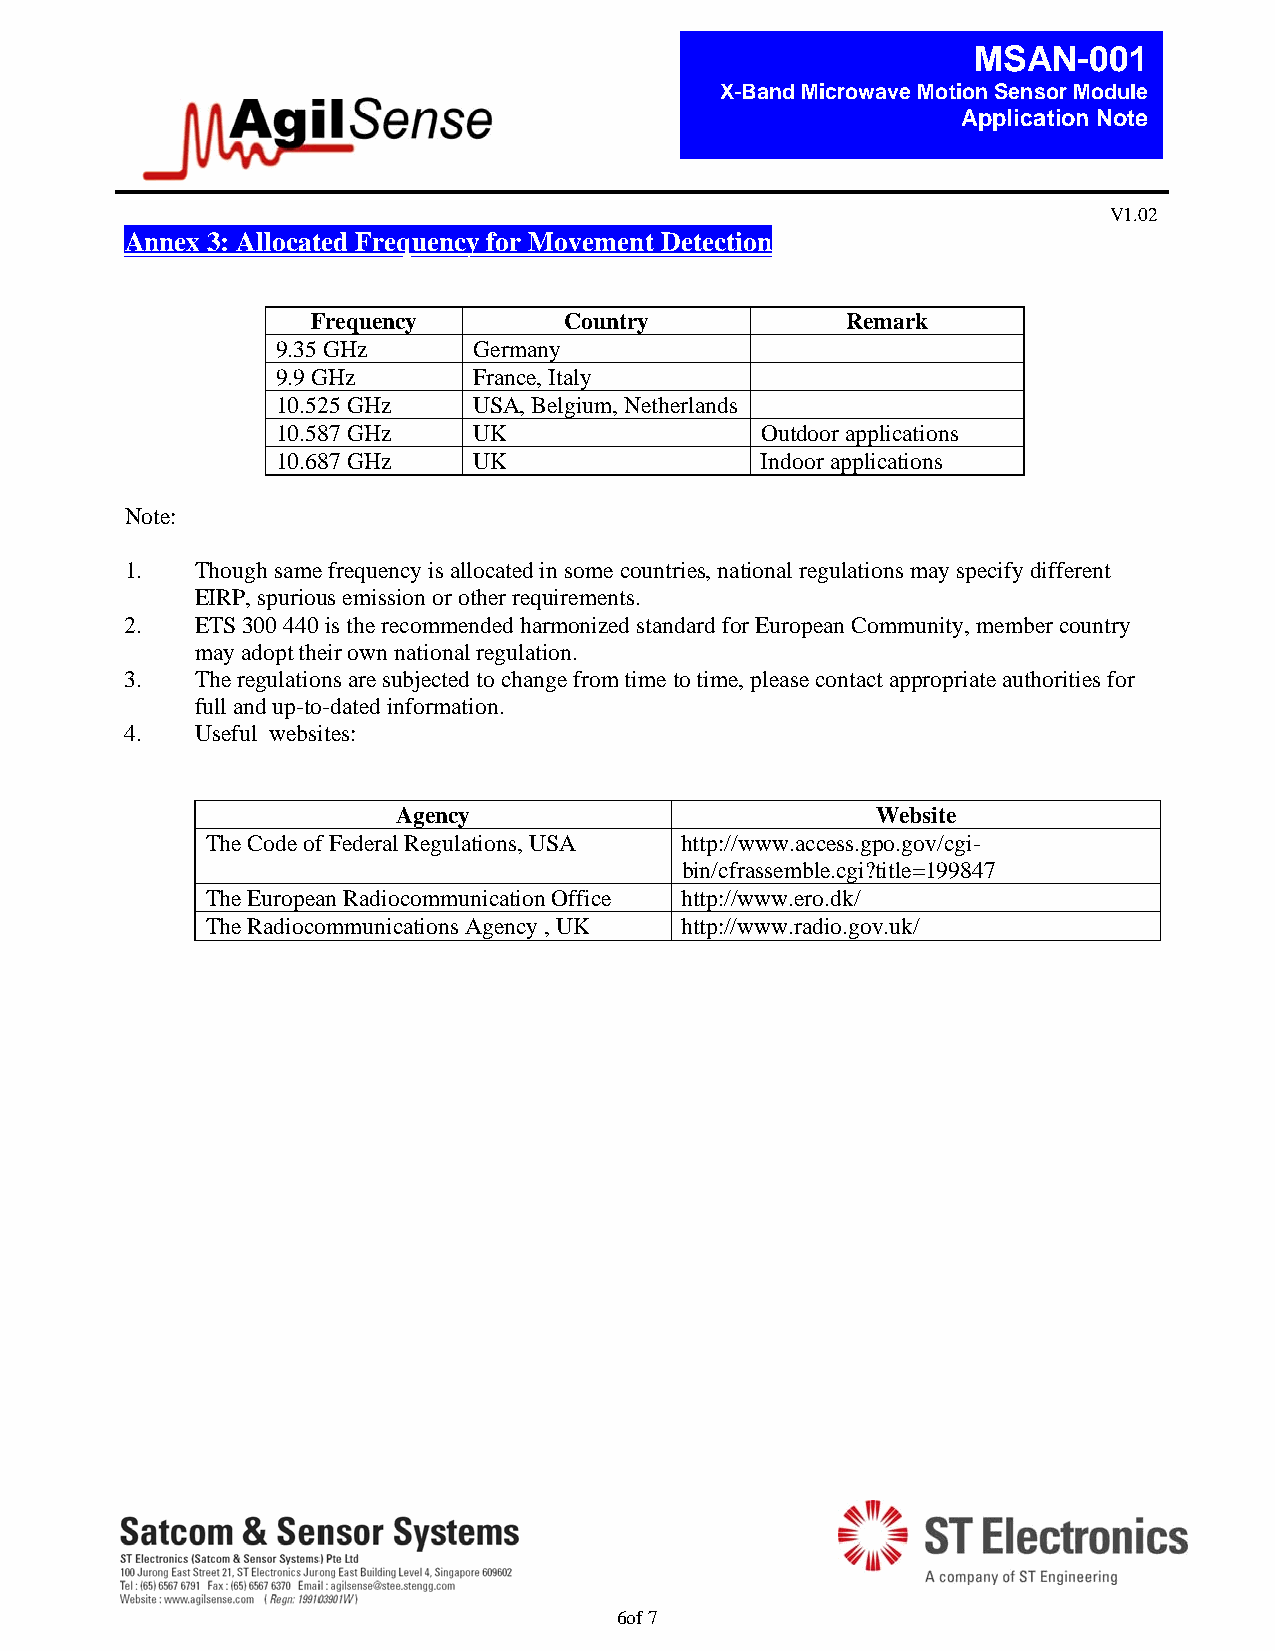
MSAN-001
 X-Band Microwave Motion Sensor Module
 Application Note
 V1.02
 Annex 3: Allocated Frequency for Movement Detection
 Frequency       Country            Remark
 9.35 GHz     Germany
 9.9 GHz      France, Italy
 10.525 GHz   USA, Belgium, Netherlands
 10.587 GHz   UK                 Outdoor applications
 10.687 GHz   UK                 Indoor applications
 Note:
 1.   Though same frequency is allocated in some countries, national regulations may specify different
 EIRP, spurious emission or other requirements.
 2.   ETS 300 440 is the recommended harmonized standard for European Community, member country
 may adopt their own national regulation.
 3.   The regulations are subjected to change from time to time, please contact appropriate authorities for
 full and up-to-dated information.
 4.   Useful websites:
 Agency                          Website
 The Code of Federal Regulations, USA http://www.access.gpo.gov/cgi-
 bin/cfrassemble.cgi?title=199847
 The European Radiocommunication Office http://www.ero.dk/
 The Radiocommunications Agency , UK http://www.radio.gov.uk/
 6of 7